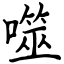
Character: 噬